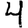
Digit: 4